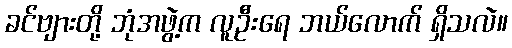
ခင်ဗျားတို့ ဘုံအဖွဲ့က လူဦးရေ ဘယ်လောက် ရှိသလဲ။